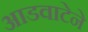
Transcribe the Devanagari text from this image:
आडवाटेने